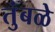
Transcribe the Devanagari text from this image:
तुंबळे